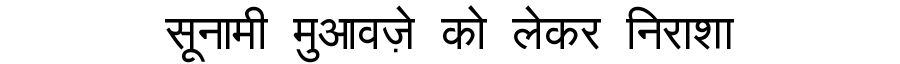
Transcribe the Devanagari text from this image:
सूनामी मुआवज़े को लेकर निराशा